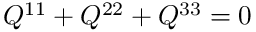
Q ^ { 1 1 } + Q ^ { 2 2 } + Q ^ { 3 3 } = 0